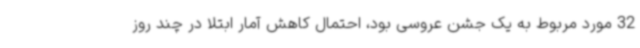
32 مورد مربوط به یک جشن عروسی بود، احتمال کاهش آمار ابتلا در چند روز